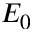
E _ { 0 }